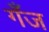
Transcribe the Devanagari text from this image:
गँज